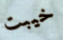
خيبت